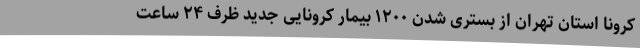
کرونا استان تهران از بستری شدن ۱۲۰۰ بیمار کرونایی جدید ظرف ۲۴ ساعت